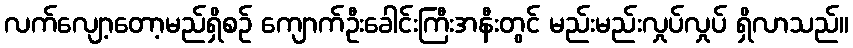
လက်လျော့တော့မည်ရှိစဉ် ကျောက်ဦးခေါင်းကြီးအနီးတွင် မည်းမည်းလှုပ်လှုပ် ရှိလာသည်။